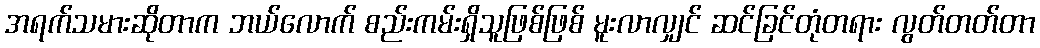
အရက်သမားဆိုတာက ဘယ်လောက် စည်းကမ်းရှိသူဖြစ်ဖြစ် မူးလာလျှင် ဆင်ခြင်တုံတရား လွတ်တတ်တာ